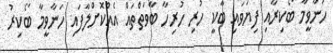
ހަނާވީމާ ބޯކިރާއި ފިޔަވައި ބާކީ ހުރި ހުރިހާ ބާވަތްތައް އެއްކޮށްލާފައި ހަނާވީމާ ބޯކިރު